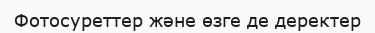
Фотосуреттер және өзге де деректер